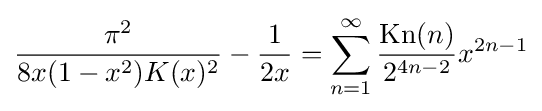
{\frac {\pi ^{2}}{8x(1-x^{2})K(x)^{2}}}-{\frac {1}{2x}}=\sum _{n=1}^{\infty }{\frac {{\text{Kn}}(n)}{2^{4n-2}}}x^{2n-1}